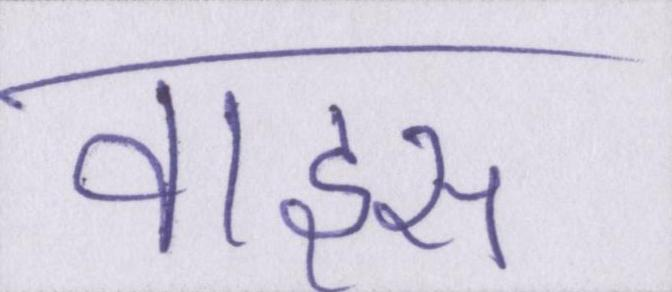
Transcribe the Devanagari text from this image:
वाइस